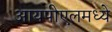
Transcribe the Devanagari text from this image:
आयपीएलमध्ये